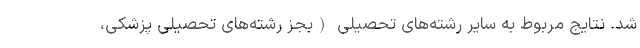
شد. نتایج مربوط به سایر رشته‌های تحصیلی (بجز رشته‌های تحصیلی پزشکی،